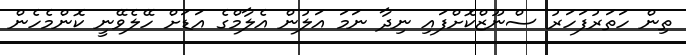
ތިން ހަތަރުފަހަރު ސްނޫޒްކޮށްފައި ނިދާ ނަމަ އަލުން އެލާމްގެ އަޑަށް ހޭލެވޭނީ ކޮންމެހެން